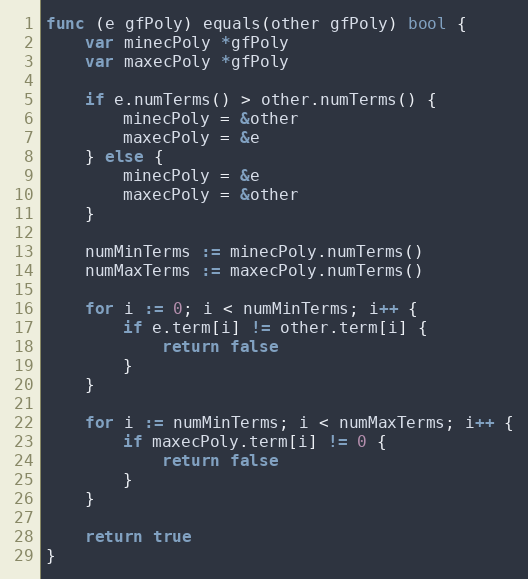
Language: Go
func (e gfPoly) equals(other gfPoly) bool {
	var minecPoly *gfPoly
	var maxecPoly *gfPoly

	if e.numTerms() > other.numTerms() {
		minecPoly = &other
		maxecPoly = &e
	} else {
		minecPoly = &e
		maxecPoly = &other
	}

	numMinTerms := minecPoly.numTerms()
	numMaxTerms := maxecPoly.numTerms()

	for i := 0; i < numMinTerms; i++ {
		if e.term[i] != other.term[i] {
			return false
		}
	}

	for i := numMinTerms; i < numMaxTerms; i++ {
		if maxecPoly.term[i] != 0 {
			return false
		}
	}

	return true
}